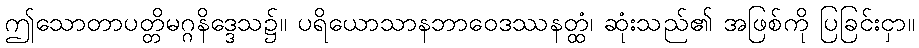
ဤသောတာပတ္တိမဂ္ဂနိဒ္ဒေသ၌။ ပရိယောသာနဘာဝေဒဿနတ္ထံ၊ ဆုံးသည်၏ အဖြစ်ကို ပြခြင်းငှာ။